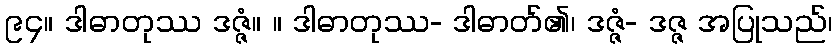
၉၄။ ဒါဓာတုဿ ဒဇ္ဇံ။ ။ ဒါဓာတုဿ- ဒါဓာတ်၏၊ ဒဇ္ဇံ- ဒဇ္ဇ အပြုသည်၊